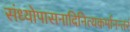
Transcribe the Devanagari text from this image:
संध्योपासनादिनित्यकर्मानन्तरं